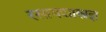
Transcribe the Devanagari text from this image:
रसायशास्त्रज्ञ